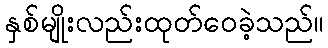
နှစ်မျိုးလည်းထုတ်ဝေခဲ့သည်။